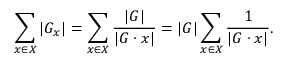
\sum _ { x \in X } | G _ { x } | = \sum _ { x \in X } { \frac { | G | } { | G \cdot x | } } = | G | \sum _ { x \in X } { \frac { 1 } { | G \cdot x | } } .